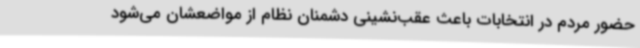
حضور مردم در انتخابات باعث عقب‌نشینی دشمنان نظام از مواضعشان می‌شود